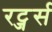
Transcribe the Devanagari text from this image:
रट्जर्स